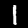
Digit: 1